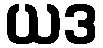
ယဒ